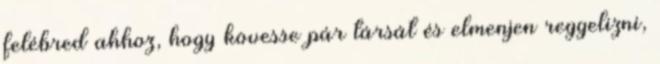
felébred ahhoz, hogy kövesse pár társát és elmenjen reggelizni,